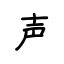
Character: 声